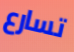
تسارع